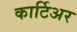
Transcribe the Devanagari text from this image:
कार्टिअर